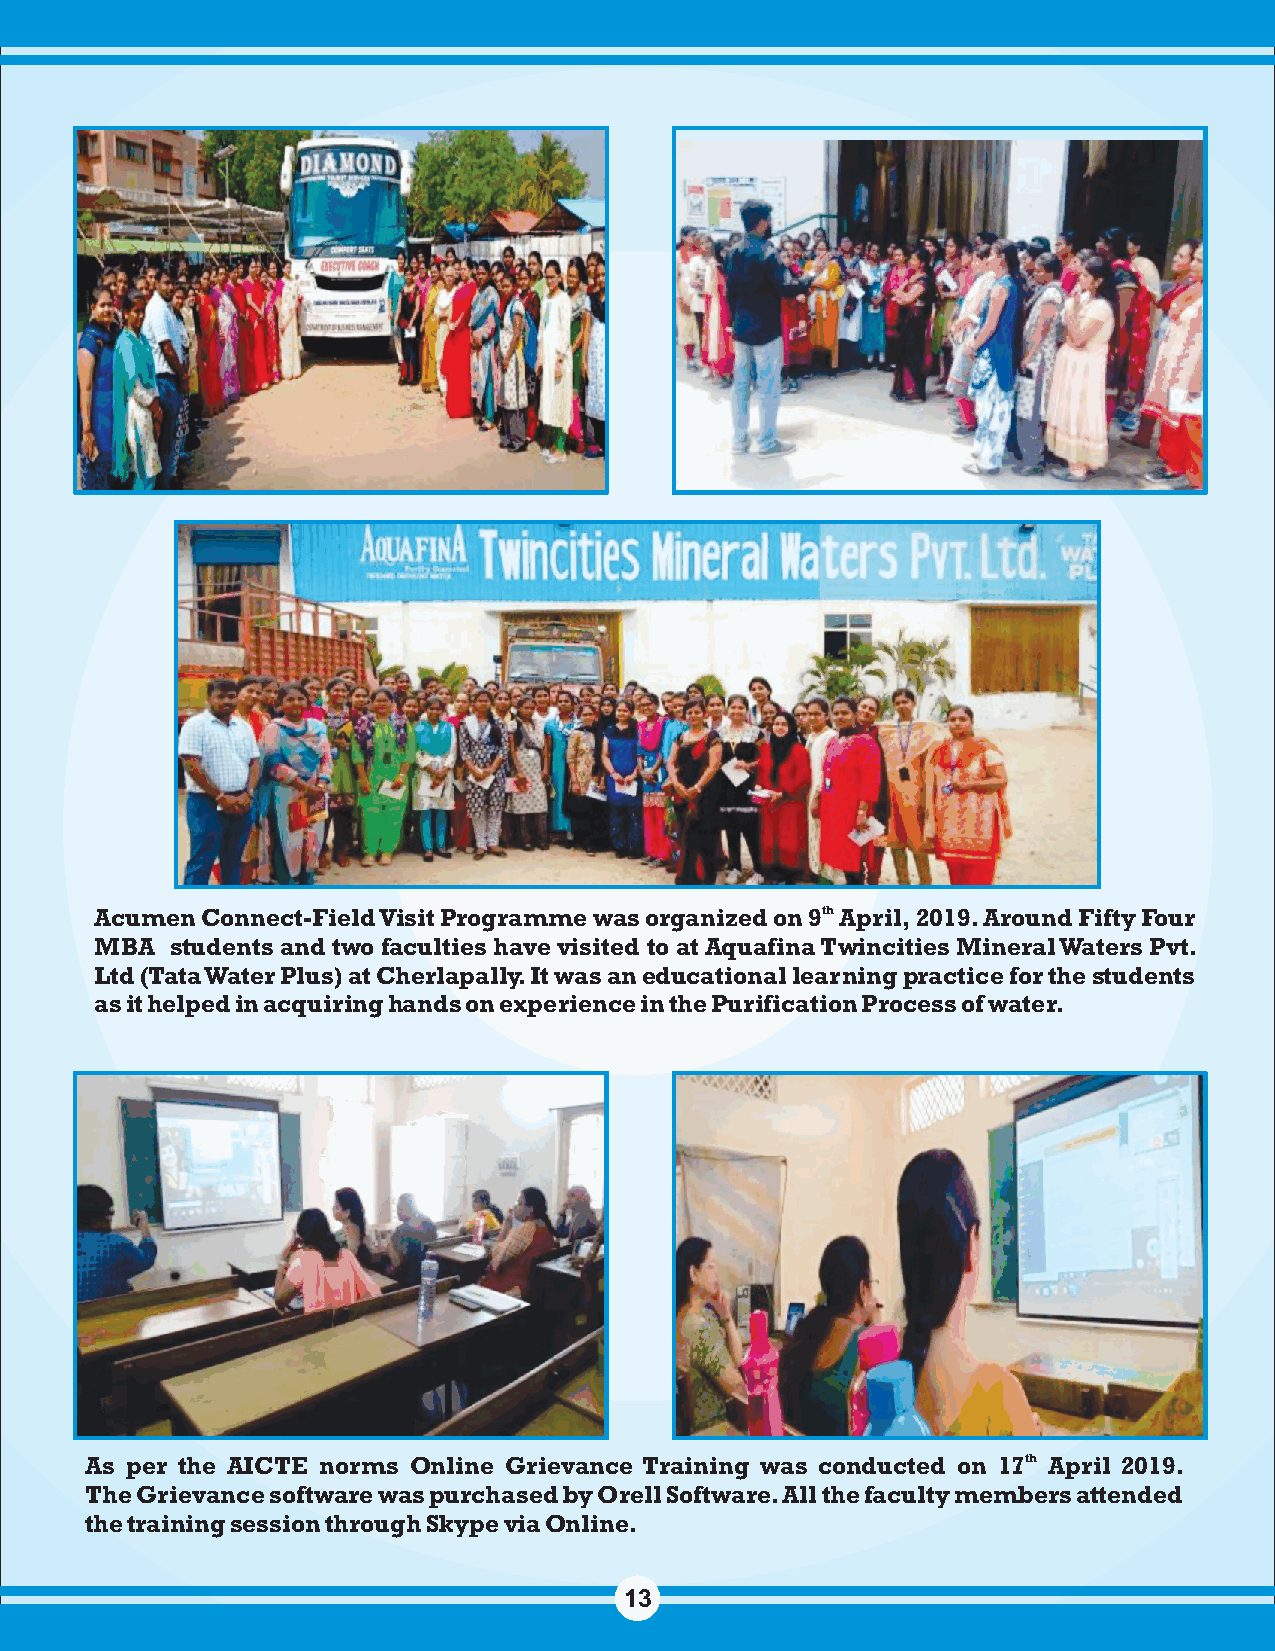
Acumen Connect-Field Visit Programme was organized on 9th April, 2019. Around Fifty Four
 MBA  students and two faculties have visited to at Aquafina Twincities Mineral Waters Pvt.
 Ltd (Tata Water Plus) at Cherlapally. It was an educational learning practice for the students
 as it helped in acquiring hands on experience in the Purification Process of water.
 As per the AICTE norms Online Grievance Training was conducted on 17th April 2019.
 The Grievance software was purchased by Orell Software. All the faculty members attended
 the training session through Skype via Online.
 13